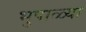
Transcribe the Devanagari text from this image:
भुपाळ्या